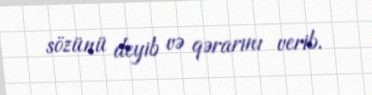
sözünü deyib və qərarını verib.